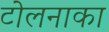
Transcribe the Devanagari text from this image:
टोलनाका